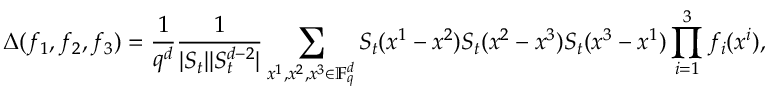
\Delta ( f _ { 1 } , f _ { 2 } , f _ { 3 } ) = \frac { 1 } { q ^ { d } } \frac { 1 } { | S _ { t } | | S _ { t } ^ { d - 2 } | } \sum _ { x ^ { 1 } , x ^ { 2 } , x ^ { 3 } \in \mathbb F _ { q } ^ { d } } S _ { t } ( x ^ { 1 } - x ^ { 2 } ) S _ { t } ( x ^ { 2 } - x ^ { 3 } ) S _ { t } ( x ^ { 3 } - x ^ { 1 } ) \prod _ { i = 1 } ^ { 3 } f _ { i } ( x ^ { i } ) ,